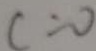
c = 0